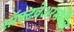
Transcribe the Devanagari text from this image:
सॉफ्टवेअरमधील